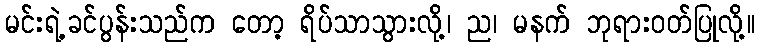
မင်းရဲ့ခင်ပွန်းသည်က တော့ ရိပ်သာသွားလို့၊ ည၊ မနက် ဘုရားဝတ်ပြုလို့။